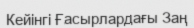
Кейінгі Ғасырлардағы Заң